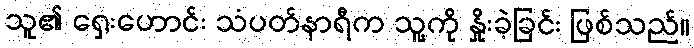
သူ၏ ရှေးဟောင်း သံပတ်နာရီက သူ့ကို နှိုးခဲ့ခြင်း ဖြစ်သည်။